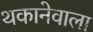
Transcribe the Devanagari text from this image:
थकानेवाला